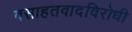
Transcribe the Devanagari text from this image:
वसाहतवादविरोधी